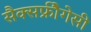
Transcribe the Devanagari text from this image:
सैक्सफ्रीैगेसी